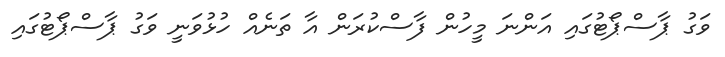
ވަގު ޕާސްޕޯޓުގައި އަންނަ މީހުން ފާސްކުރަން އާ ތަނެއް ހުޅުވަނީ ވަގު ޕާސްޕޯޓުގައި